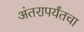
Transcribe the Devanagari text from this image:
अंतरापर्यंतचा